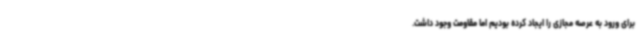
برای ورود به عرصه مجازی را ایجاد کرده بودیم اما مقاومت وجود داشت.